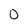
Character: 0